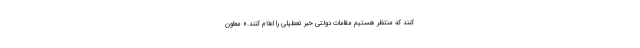
کنند که منتظر هستیم مقامات دولتی خبر تعطیلی را اعلام کنند.» معاون